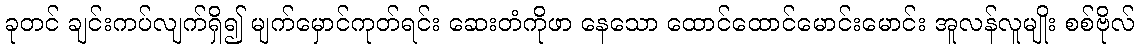
ခုတင် ချင်းကပ်လျက်ရှိ၍ မျက်မှောင်ကုတ်ရင်း ဆေးတံကိုဖာ နေသော ထောင်ထောင်မောင်းမောင်း အူလန်လူမျိုး စစ်ဗိုလ်